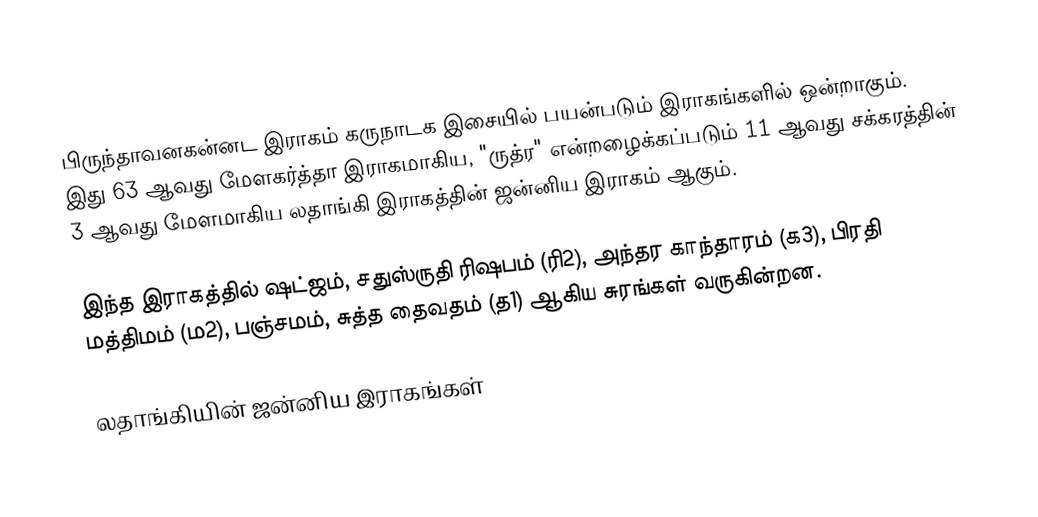
பிருந்தாவனகன்னட இராகம் கருநாடக இசையில் பயன்படும் இராகங்களில் ஒன்றாகும். இது 63 ஆவது மேளகர்த்தா இராகமாகிய, "ருத்ர" என்றழைக்கப்படும் 11 ஆவது சக்கரத்தின் 3 ஆவது மேளமாகிய லதாங்கி இராகத்தின் ஜன்னிய இராகம் ஆகும்.

இந்த இராகத்தில் ஷட்ஜம், சதுஸ்ருதி ரிஷபம் (ரி2),  அந்தர காந்தாரம் (க3), பிரதி மத்திமம் (ம2), பஞ்சமம்,  சுத்த தைவதம் (த1) ஆகிய சுரங்கள் வருகின்றன.

லதாங்கியின் ஜன்னிய இராகங்கள்